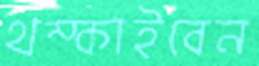
থম্‌কাইবেন